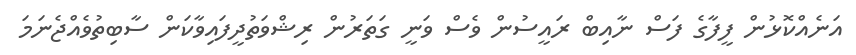
އަނެއްކޮޅުން ފީފާގެ ފަސް ނާއިބް ރައީސުން ވެސް ވަނީ ގަތަރުން ރިޝްވަތުދީފައިވާކަން ސާބިތުވެއްޖެނަމަ